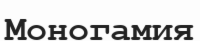
Моногамия